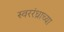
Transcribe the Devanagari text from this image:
स्वररंध्राच्या